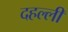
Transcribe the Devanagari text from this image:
दहल्ली